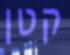
קטן